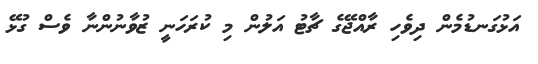
އަޅުގަނޑުމެން ދިވެހި ރާއްޖޭގެ ޗާޓު އަލުން މި ކުރަހަނީ ޒުވާނުންނާ ވެސް ގުޅޭ